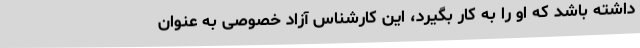
داشته باشد که او را به کار بگیرد، این کارشناس آزاد خصوصی به عنوان